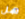
هل